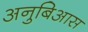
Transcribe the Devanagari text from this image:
अनुबिआस